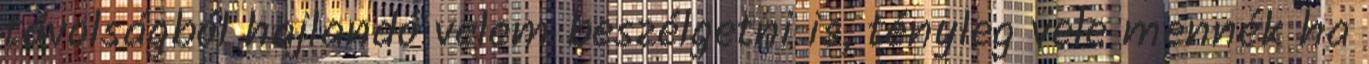
távolságból hajlandó velem beszélgetni is, tényleg vele mennék ha